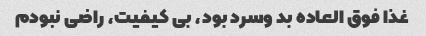
غذا فوق العاده بد وسرد بود، بی کیفیت، راضی نبودم